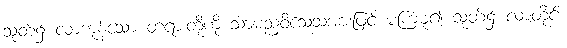
သုတ်၌ လာကုန်သော တရားတို့ကို သာမညဝိသေသအားဖြင့် မကြံမူ၍ သုတ်၌ လာတိုင်း